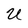
Character: U